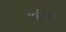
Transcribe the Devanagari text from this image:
परेखो